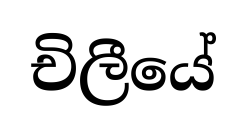
චිලීයේ